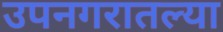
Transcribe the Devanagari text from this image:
उपनगरातल्या